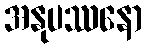
အနုပဿနော